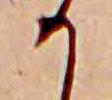
か